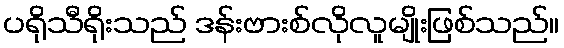
ပရိုသီရိုးသည် ဒန်းဗားစ်လိုလူမျိုးဖြစ်သည်။